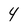
Character: 4